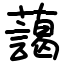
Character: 藹